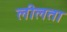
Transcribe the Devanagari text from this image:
लीलता